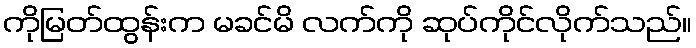
ကိုမြတ်ထွန်းက မခင်မိ လက်ကို ဆုပ်ကိုင်လိုက်သည်။